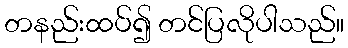
တနည်းထပ်၍ တင်ပြလိုပါသည်။